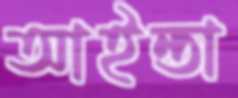
আইন্তা